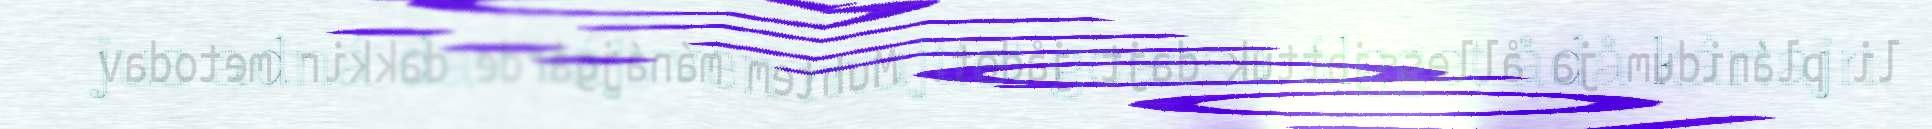
jus adná dav vájvven mujttet goassa álgget ådå kártajn.